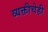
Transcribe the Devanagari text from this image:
व्यक्तीचेही